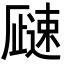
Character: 𬩓